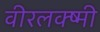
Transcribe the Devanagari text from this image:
वीरलक्ष्मी